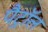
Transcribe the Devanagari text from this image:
पैट्रॉल